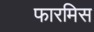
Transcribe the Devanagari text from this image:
फारमिस